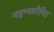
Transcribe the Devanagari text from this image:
मनुष्यारोपित